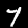
Digit: 7